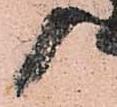
候